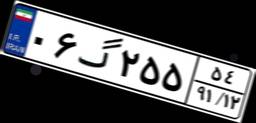
۵۹گ۷۶۴۰۶